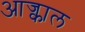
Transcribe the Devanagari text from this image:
आज्काल